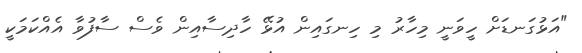
"އަޅުގަނޑަށް ހީވަނީ މިހާރު މި ހިނގައިން އުޅޭ ހާދިސާއިން ވެސް ސާފުވާ އެއްކަމަކީ